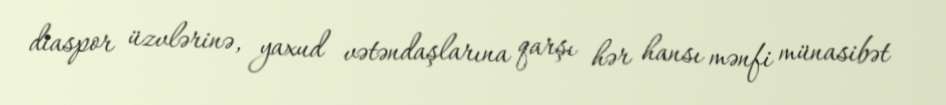
diaspor üzvlərinə, yaxud vətəndaşlarına qarşı hər hansı mənfi münasibət